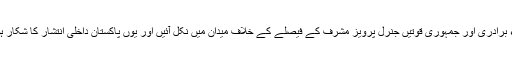
وکلاء برادری اور جمہوری قوتیں جنرل پرویز مشرف کے فیصلے کے خلاف میدان میں نکل آئیں اور یوں پاکستان داخلی انتشار کا شکار ہو گیا۔